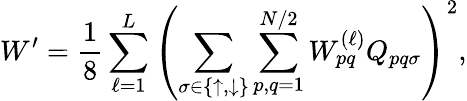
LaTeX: W^{\prime}=\frac{1}{8}\sum_{\ell=1}^{L}\left(\sum_{\sigma\in\{ \uparrow,\downarrow\} }\sum_{p,q=1}^{N/2}W_{pq}^{(\ell)}Q_{pq\sigma}\right)^{2},